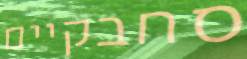
סחבקיים